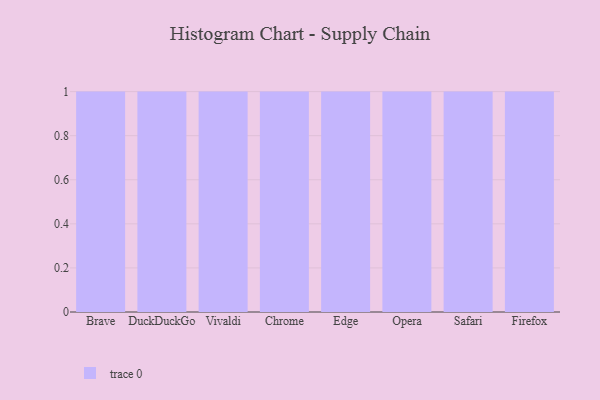
{"axis": {"x": "Browser", "y": "Customer Acquisition Cost (USD)"}, "legend": [""], "data": [{"x": "Brave", "y": 56, "type": ""}, {"x": "DuckDuckGo", "y": 15, "type": ""}, {"x": "Vivaldi", "y": 76, "type": ""}, {"x": "Chrome", "y": 1, "type": ""}, {"x": "Edge", "y": 93, "type": ""}, {"x": "Opera", "y": 7, "type": ""}, {"x": "Safari", "y": 42, "type": ""}, {"x": "Firefox", "y": 67, "type": ""}]}